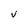
Character: v